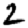
Digit: 2